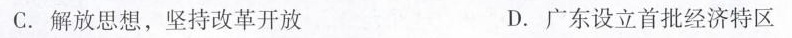
C.解放思想，坚持改革开放 D.广东设立首批经济特区